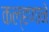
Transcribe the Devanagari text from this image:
कल्हणाने